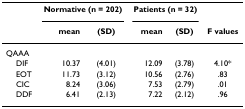
<table><thead><tr><td>[EMPTY_CELL]</td><td colspan="2"><b>Normative (n = 202)</b></td><td colspan="2"><b>Patients (n = 32)</b></td><td>[EMPTY_CELL]</td></tr><tr><td>[EMPTY_CELL]</td><td><b>mean</b></td><td><b>(SD)</b></td><td><b>mean</b></td><td><b>(SD)</b></td><td><b>F values</b></td></tr></thead><tbody><tr><td>QAAA</td><td>[EMPTY_CELL]</td><td>[EMPTY_CELL]</td><td>[EMPTY_CELL]</td><td>[EMPTY_CELL]</td><td>[EMPTY_CELL]</td></tr><tr><td> DIF</td><td>10.37</td><td>(4.01)</td><td>12.09</td><td>(3.78)</td><td>4.10*</td></tr><tr><td> EOT</td><td>11.73</td><td>(3.12)</td><td>10.56</td><td>(2.76)</td><td>.83</td></tr><tr><td> CIC</td><td>8.24</td><td>(3.06)</td><td>7.53</td><td>(2.79)</td><td>.01</td></tr><tr><td> DDF</td><td>6.41</td><td>(2.13)</td><td>7.22</td><td>(2.12)</td><td>.96</td></tr></tbody></table>